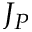
J _ { P }